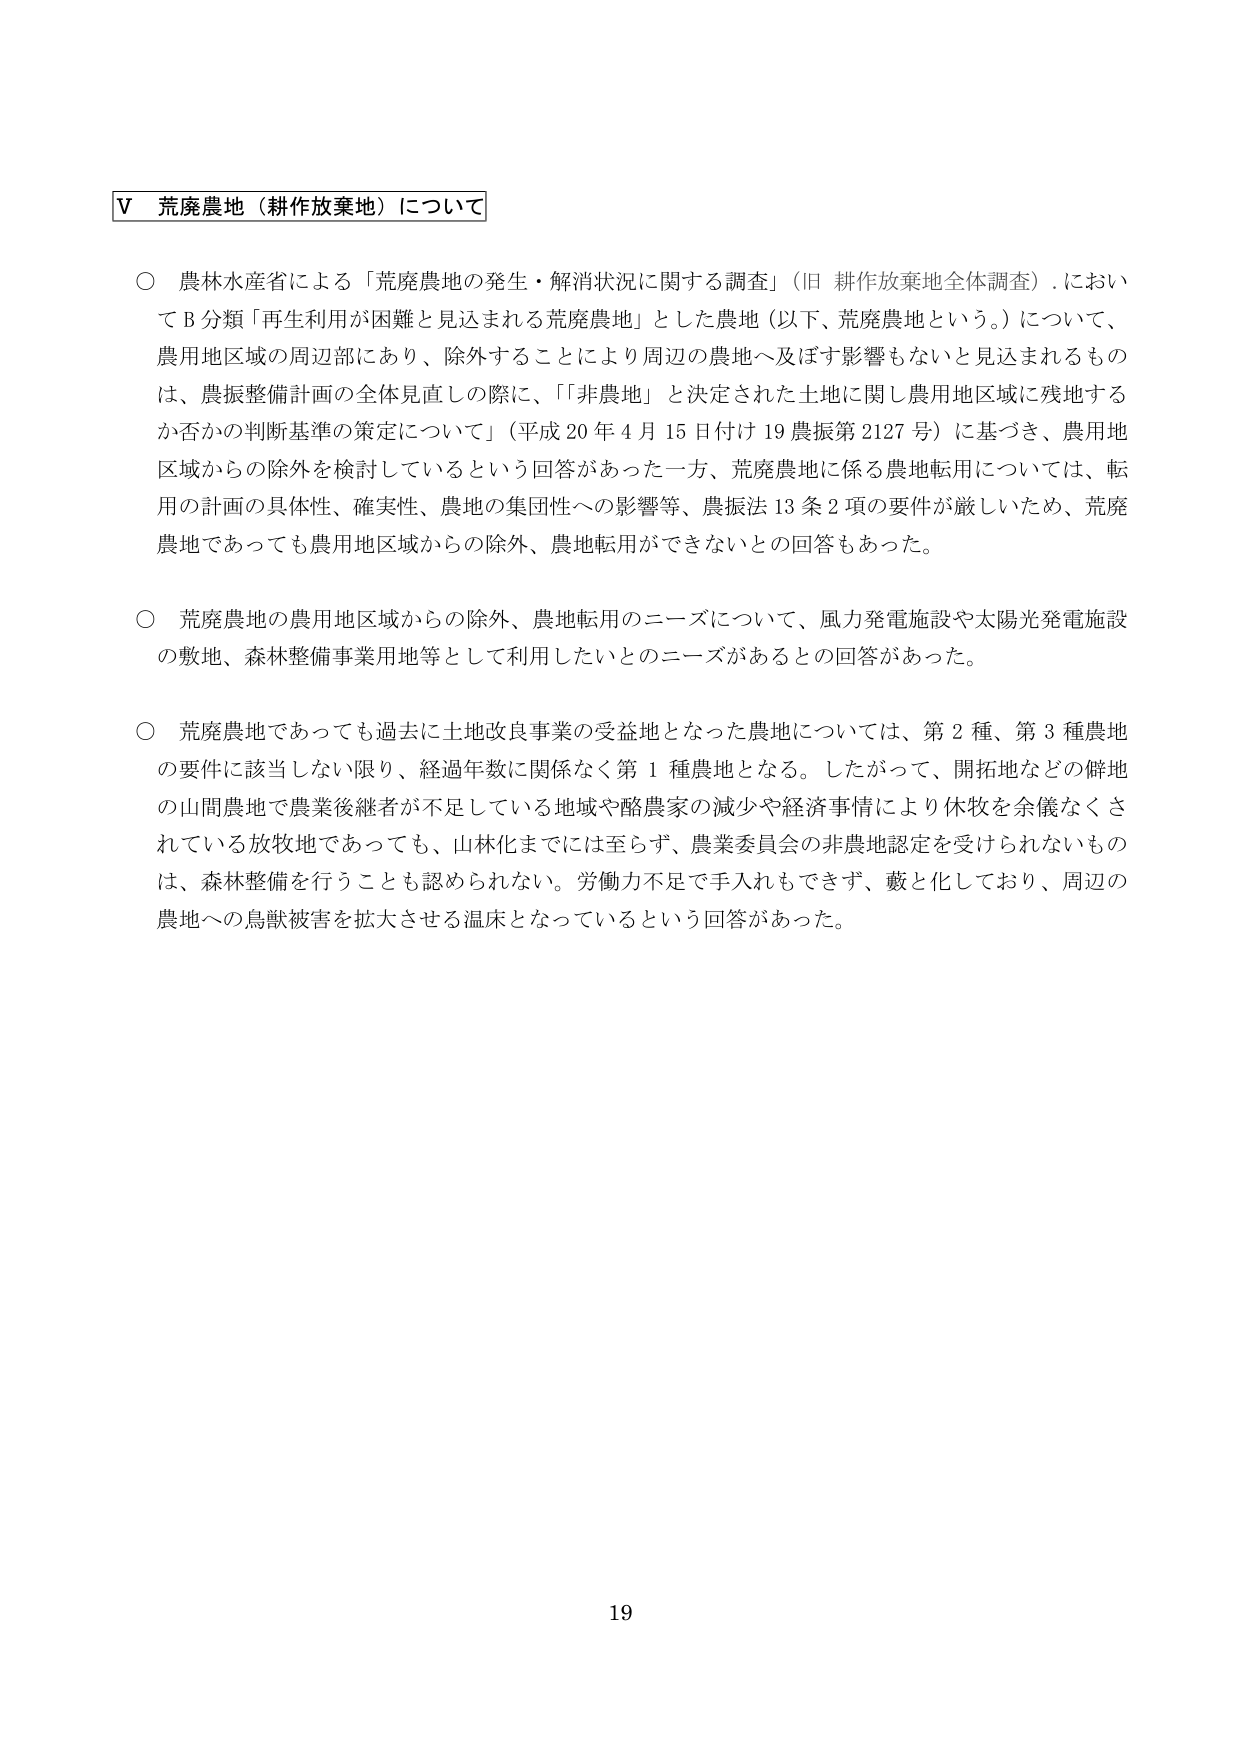
Ⅴ 荒廃農地（耕作放棄地）について

○ 農林水産省による「荒廃農地の発生・解消状況に関する調査」（旧 耕作放棄地全体調査）においてＢ分類「再生利用が困難と見込まれる荒廃農地」とした農地（以下、荒廃農地という。）について、農用地区域の周辺部にあり、除外することにより周辺の農地へ及ぼす影響もないと思込まれるもの は、農振整備計画の全体見直しの際に、「「非農地」と決定された土地に関し農用地区域に残地するか否かの判断基準の策定について」（平成20年4月15日付け19農振第2127号）に基づき、農用地区域からの除外を検討しているという回答があった一方、荒廃農地に係る農地転用については、転用の計画の具体性、確実性、農地の集団性への影響等、農振法13条2項の要件が厳しいため、荒廃農地であっても農用地区域からの除外、農地転用ができないとの回答もあった。

○ 荒廃農地の農用地区域からの除外、農地転用のニーズについて、風力発電施設や太陽光発電施設の敷地、森林整備事業用地等として利用したいとのニーズがあるとの回答があった。

○ 荒廃農地であっても過去に土地改良事業の受益地となった農地については、第2種、第3種農地の要件に該当しない限り、経過年数に関係なく第1種農地となる。したがって、開拓地などの僻地の山間農地で農業後継者が不足している地域や酪農家の減少や経済事情により休牧を余儀なくされている放牧地であっても、山林化までには至らず、農業委員会の非農地認定を受けられないものは、森林整備を行うことも認められない。労働力不足で手入れもできず、藪と化しており、周辺の農地への鳥獣被害を拡大させる温床となっているという回答があった。

19